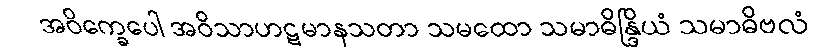
အဝိက္ခေပေါ အဝိသာဟဋမာနသတာ သမထော သမာဓိန္ဒြိယံ သမာဓိဗလံ